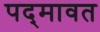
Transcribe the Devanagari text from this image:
पद्‍मावत